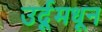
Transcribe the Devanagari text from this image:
उर्दूमधून